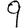
Digit: 9